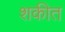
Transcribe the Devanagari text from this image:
शकीत